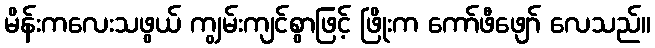
မိန်းကလေးသဖွယ် ကျွမ်းကျင်စွာဖြင့် ဖြိုးက ကော်ဖီဖျော် လေသည်။